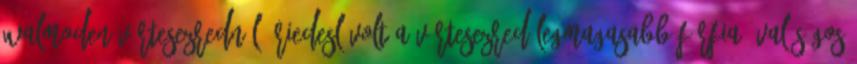
Walmoden vértesezrednél. Riedesl volt a vértesezred legmagasabb férfia, valóságos